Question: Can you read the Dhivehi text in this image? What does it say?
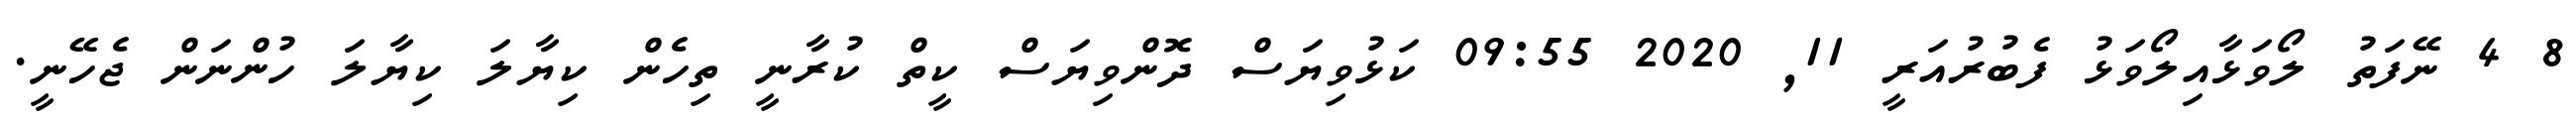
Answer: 8 4 ނޭފަތު ލޯވަޅާއިލޯވަޅު ފެބުރުއަރީ 11, 2020 09:55 ކަޅުވިޔަސް ދޮންވިޔަސް ކީތް ކުރާނީ ތިހެން ކިޔާލަ ކިޔާލަ ހުންނަން ޖެހޭނީ.